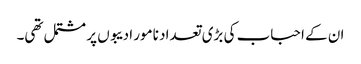
ان کے احباب کی بڑی تعداد نامور ادیبوں پر مشتمل تھی۔